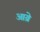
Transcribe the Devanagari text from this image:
आय्रे